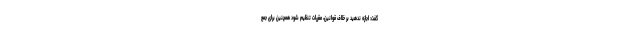
گفت: اجازه ندهید بر خلاف قوانین، مقررات تنظیم شود همچنین برای جمع